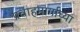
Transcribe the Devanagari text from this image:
प्रवाहमार्गाच्या